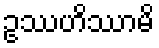
ဥဿဟိဿာမိ